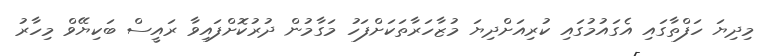
މިދިޔަ ހަފްތާގައި އެގައުމުގައި ކުރިއަށްދިޔަ މުޒާހަރާތަކަށްފަހު މަގާމުން ދުރުކޮށްފައިވާ ރައީސް ބަކިޔޭވް މިހާރު